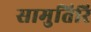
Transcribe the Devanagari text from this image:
सामुतिरि